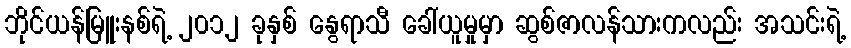
ဘိုင်ယန်မြူးနစ်ရဲ့ ၂၀၁၂ ခုနှစ် နွေရာသီ ခေါ်ယူမှုမှာ ဆွစ်ဇာလန်သားကလည်း အသင်းရဲ့